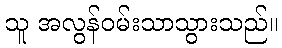
သူ အလွန်ဝမ်းသာသွားသည်။